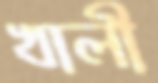
খালী